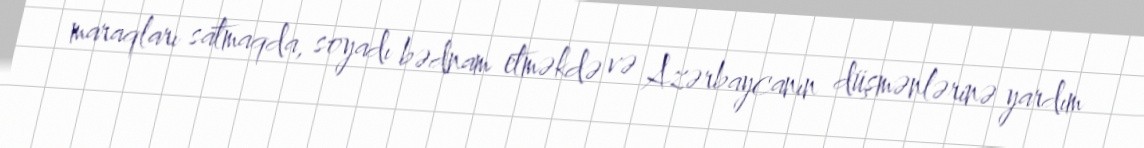
maraqları satmaqda, soyadı bədnam etməkdə və Azərbaycanın düşmənlərinə yardım